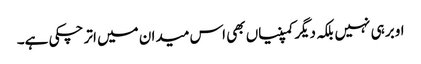
اوبر ہی نہیں بلکہ دیگر کمپنیاں بھی اس میدان میں اتر چکی ہے۔